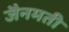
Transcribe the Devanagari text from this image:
जैनमती